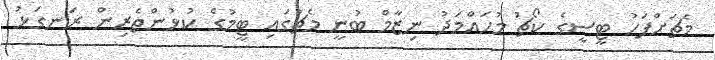
މެޗަށްފަހު ޓީސީގެ ކޯޗު މުހައްމަދު ނިޒާމް ބުނީ މެޗުގައި ޓީމުގެ ކުޅުންތެރިން ރަނގަޅު